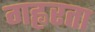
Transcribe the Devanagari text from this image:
गह्वरता